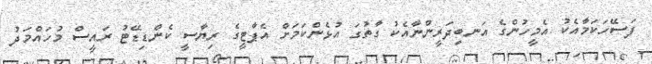
ފަސޭހަކަމާއެކު އެމީހުންގެ އަނބިދަރީންނާއެކު ގާތުގަ އުޅެންކަމަށް އެޕާޓީގެ ރިޔާސީ ކެންޑިޑޭޓު ރައީސް މުހައްމަދު